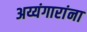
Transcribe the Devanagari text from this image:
अय्यंगारांना